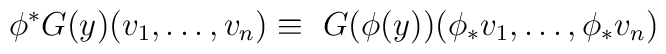
\phi^{*}G(y)(v_{1},\ldots,v_{n}) \equiv\ G(\phi(y))(\phi_{*}v_{1},\ldots,\phi_{*}v_{n})